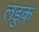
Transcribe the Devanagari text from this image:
लडुक